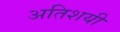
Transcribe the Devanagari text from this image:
अतिशयी